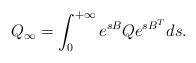
LaTeX: \begin{align*}Q_{\infty}=\int_0^{+\infty}e^{sB}Qe^{sB^T}ds.\end{align*}